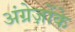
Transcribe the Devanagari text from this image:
अंग्रेज़ोंके